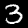
Label: 3